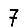
Digit: 7